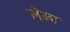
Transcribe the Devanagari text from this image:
लेम्प